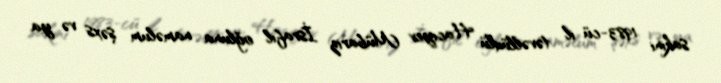
sakini 1983-cü il təvəllüdlü Hacıyev Mübariz İsrafil oğluna naməlum şəxs və ya